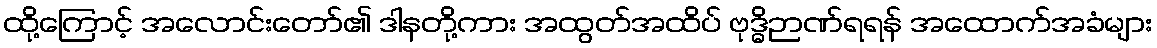
ထို့ကြောင့် အလောင်းတော်၏ ဒါနတို့ကား အထွတ်အထိပ် ဗုဒ္ဓိဉာဏ်ရရန် အထောက်အခံများ